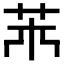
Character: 𦬝